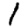
Digit: 1